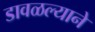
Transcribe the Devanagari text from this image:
डावळल्याने